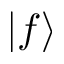
| f \rangle